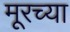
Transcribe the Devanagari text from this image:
मूरच्या